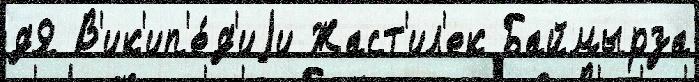
дЯ В'ик'ип'е́д'иjи Жаст'ил'ек Баймырза